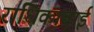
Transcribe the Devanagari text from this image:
राधिकाबाई